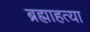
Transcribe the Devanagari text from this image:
ब्रह्माहत्या